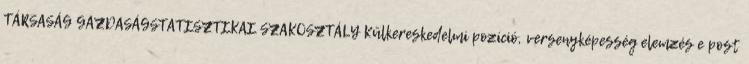
TÁRSASÁG GAZDASÁGSTATISZTIKAI SZAKOSZTÁLY Külkereskedelmi pozíció, versenyképesség elemzés e post